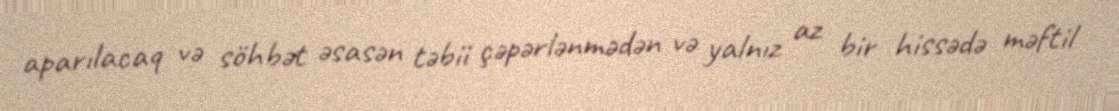
aparılacaq və söhbət əsasən təbii çəpərlənmədən və yalnız az bir hissədə məftil